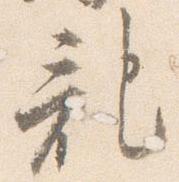
記